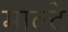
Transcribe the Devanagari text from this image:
माल्टे